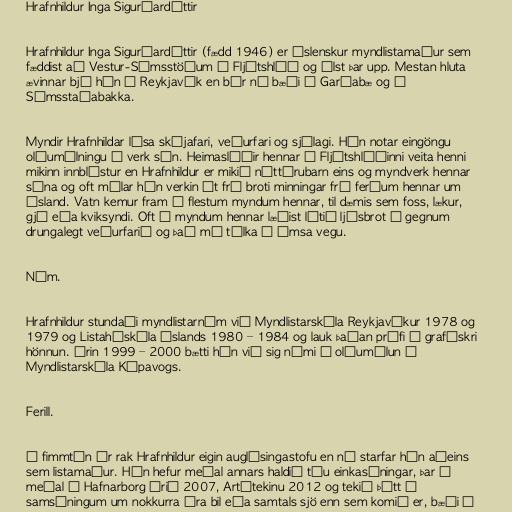
Hrafnhildur Inga Sigurðardóttir

Hrafnhildur Inga Sigurðardóttir (fædd 1946) er íslenskur myndlistamaður sem
fæddist að Vestur-Sámsstöðum í Fljótshlíð og ólst þar upp. Mestan hluta
ævinnar bjó hún í Reykjavík en býr nú bæði í Garðabæ og á
Sámsstaðabakka.

Myndir Hrafnhildar lýsa skýjafari, veðurfari og sjólagi. Hún notar eingöngu
olíumálningu í verk sín. Heimaslóðir hennar í Fljótshlíðinni veita henni
mikinn innblástur en Hrafnhildur er mikið náttúrubarn eins og myndverk hennar
sýna og oft málar hún verkin út frá broti minningar frá ferðum hennar um
Ísland. Vatn kemur fram á flestum myndum hennar, til dæmis sem foss, lækur,
gjá eða kviksyndi. Oft á myndum hennar læðist lítið ljósbrot í gegnum
drungalegt veðurfarið og það má túlka á ýmsa vegu.

Nám.

Hrafnhildur stundaði myndlistarnám við Myndlistarskóla Reykjavíkur 1978 og
1979 og Listaháskóla Íslands 1980 – 1984 og lauk þaðan prófi í grafískri
hönnun. Árin 1999 – 2000 bætti hún við sig námi í olíumálun í
Myndlistarskóla Kópavogs.

Ferill.

í fimmtán ár rak Hrafnhildur eigin auglýsingastofu en nú starfar hún aðeins
sem listamaður. Hún hefur meðal annars haldið tíu einkasýningar, þar á
meðal í Hafnarborg árið 2007, Artótekinu 2012 og tekið þátt í
samsýningum um nokkurra ára bil eða samtals sjö enn sem komið er, bæði á